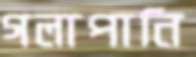
গলাপানি